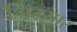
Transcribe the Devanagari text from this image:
जिम्सार